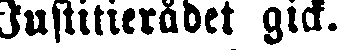
Justitierådet gick.